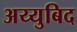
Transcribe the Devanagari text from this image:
अय्युबिद